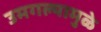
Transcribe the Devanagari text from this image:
उमगल्यामुळे